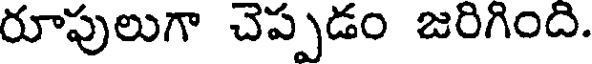
రూపులుగా చెప్పడం జరిగింది.